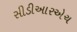
સીડીઆરએચ